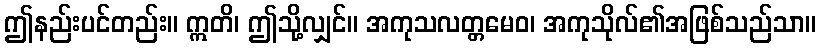
ဤနည်းပင်တည်း။ ဣတိ၊ ဤသို့လျှင်။ အကုသလတ္တမေဝ၊ အကုသိုလ်၏အဖြစ်သည်သာ။